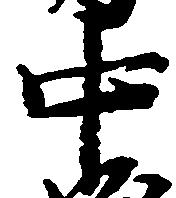
中